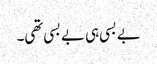
بے بسی ہی بے بسی تھی۔